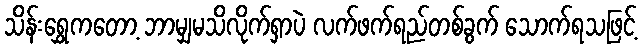
သိန်းရွှေကတော့ ဘာမျှမသိလိုက်ရှာပဲ လက်ဖက်ရည်တစ်ခွက် သောက်ရသဖြင့်